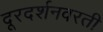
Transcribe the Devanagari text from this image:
दूरदर्शनवरती